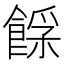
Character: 𩜿